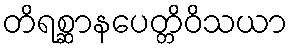
တိရစ္ဆာနပေတ္တိဝိသယာ